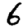
Digit: 6